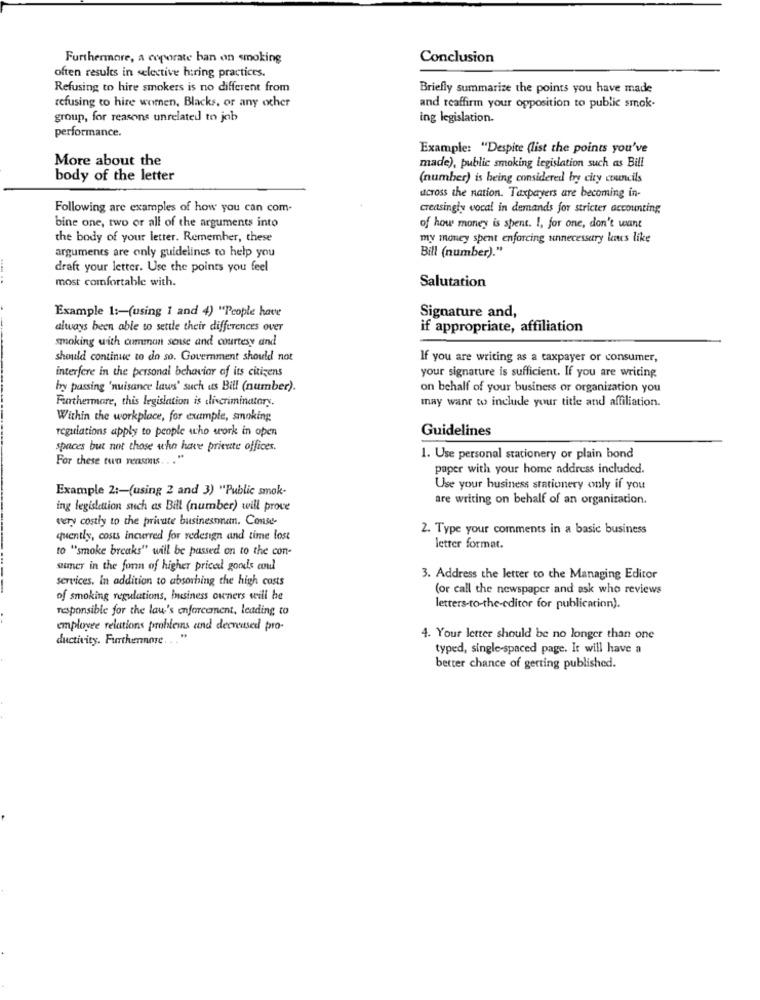
Furthermore, a coporate ban on smoking
Conclusion
often results in selective hiring practices.
Refusing to hire smokers is no different from
Briefly summarize the points you have made
refusing to hire women, Blacks, or any other
and reaffirm your opposition to public smok-
group, for reasons unrelated to job
ing legislation.
performance.
Example: "Despite (list the points you've
More about the
made), public smoking legislation such as Bill
body of the letter
(number) is being considered bry city councils
across the nation. Taxpayers are becoming in-
Following are examples of how you can com-
creasingly vocal in demands for stricter accounting
bine one, two or all of the arguments into
of how money is spent. I, for one, don't want
the body of your letter. Remember, these
my money spent enforcing unnecessary laus like
arguments are only guidelines to help you
Bill (number)."
draft your letter. Use the points you feel
most comfortable with.
Salutation
Example 1 :- (using 1 and 4) "People have
Signature and,
always been able to settle their differences over
if appropriate, affiliation
smoking with common sense and courtesy and
should continue to do so. Government should not
If you are writing as a taxpayer or consumer,
interfere in the personal behavior of its citizens
your signature is sufficient. If you are writing
by passing 'nuisance laws' such us Bill (number).
on behalf of your business or organization you
Furthermare, this legislation is discriminatory.
may want to include your title and affiliation.
Within the workplace, for example, smoking
regulations apply to people who work in open
Guidelines
spaces but not those who have private offices.
For these tun reasons ... "
1. Use personal stationery or plain bond
paper with your home address included.
Example 2 :- (using 2 and 3) "Public smok-
Use your business stationery only if you
are writing on behalf of an organization.
ing legislation such as Bill (number) will prove
very costly to the private businesonan. Conse-
2. Type your comments in a basic business
quently, costs incurred for redesign and time lost
to "smoke breaks" will be passed on to the con-
letter format.
sumner in the form of higher price gonds cnul
services. In addition to absorbing the high costs
3. Address the letter to the Managing Editor
(or call the newspaper and ask who reviews
of smoking regulations, business owners will be
responsible for the law's enforcement, leading to
letters-to-the-editor for publication).
employee relations problems and decreased pro-
ductivity. Furthermore. ..
4. Your letter should be no longer than one
typed, single-spaced page. It will have a
better chance of getting published.